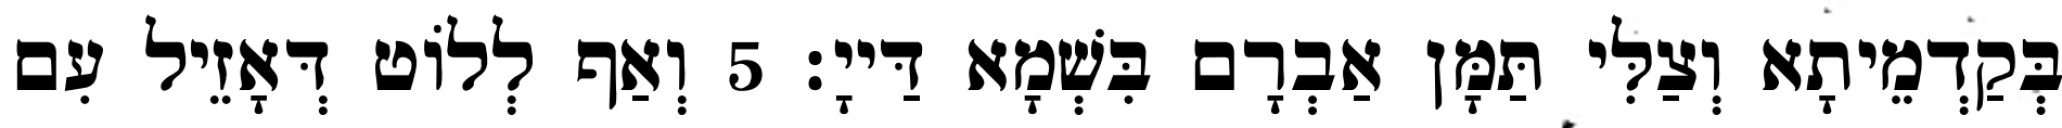
בְּקַדְמֵיתָא וְצַלִּי תַּמָּן אַבְרָם בִּשְׁמָא דַּייָ׃ 5 וְאַף לְלוֹט דְּאָזֵיל עִם